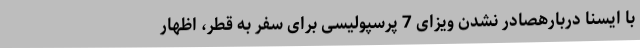
با ایسنا دربارهصادر نشدن ویزای 7 پرسپولیسی برای سفر به قطر، اظهار